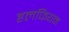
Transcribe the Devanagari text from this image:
हलफियन